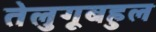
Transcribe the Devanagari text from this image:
तेलुगूबहुल